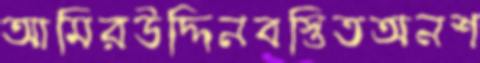
আমিরউদ্দিনবস্তিতঅনশ